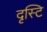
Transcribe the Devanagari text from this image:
दृस्टि